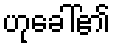
ဟုခေါ်၏